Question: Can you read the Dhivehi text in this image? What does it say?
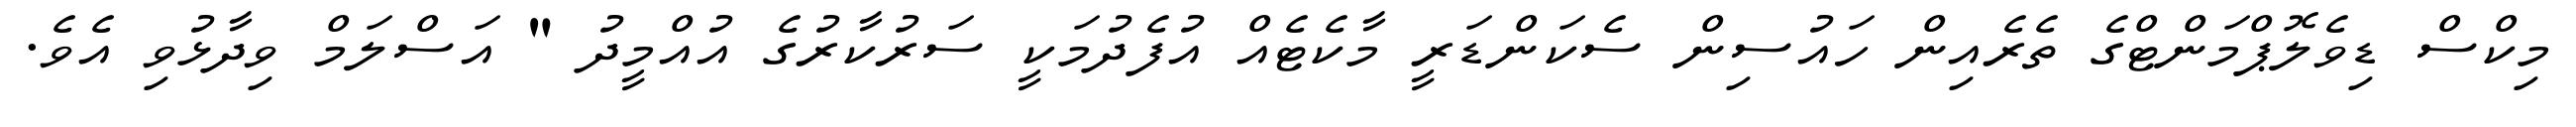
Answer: މިކްސް ޑިވެލޮޕްމަންޓްގެ ތެރެއިން ހައުސިން ސެކަންޑަރީ މާކެޓެއް އުފެދުމަކީ ސަރުކާރުގެ އުއްމީދު " އަސްލަމް ވިދާޅުވި އެވެ.